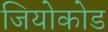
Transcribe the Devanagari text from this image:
जियोकोड